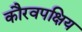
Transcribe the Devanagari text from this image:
कौरवपक्षिय